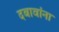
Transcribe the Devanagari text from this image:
दबावांना